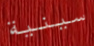
سينية